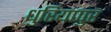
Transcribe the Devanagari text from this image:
धुरियापुर